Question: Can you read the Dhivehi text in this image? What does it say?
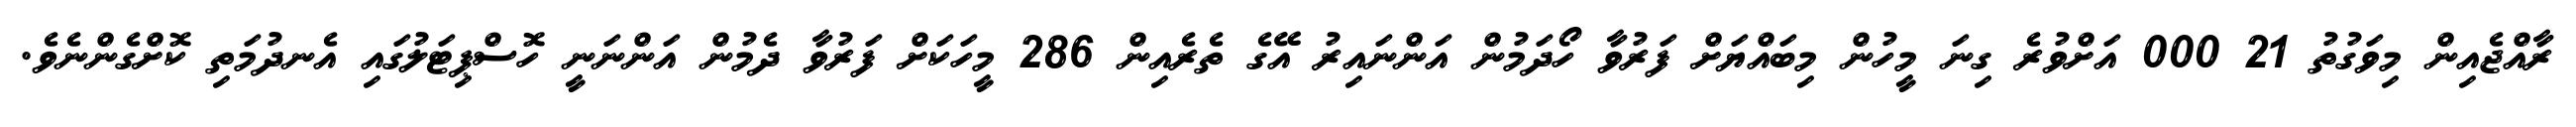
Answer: ރާއްޖެއިން މިވަގުތު 21 000 އަށްވުރެ ގިނަ މީހުން މިބައްޔަށް ފަރުވާ ހޯދަމުން އަންނައިރު އޭގެ ތެރެއިން 286 މީހަކަށް ފަރުވާ ދެމުން އަންނަނީ ހޮސްޕިޓަލުގައި އެނދުމަތި ކޮށްގެންނެވެ.